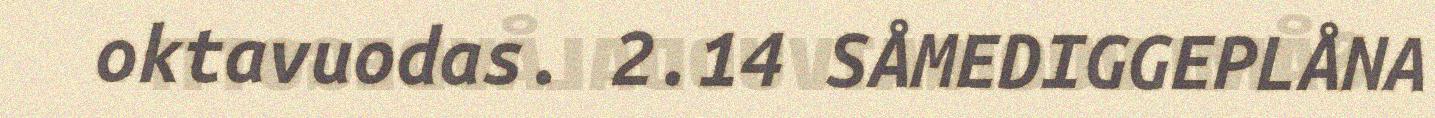
oktavuodas. 2.14 SÅMEDIGGEPLÅNA